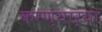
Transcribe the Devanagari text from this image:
करण्यार्या